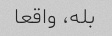
بله، واقعا